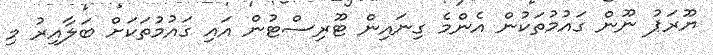
ޔޫރަޕު ނޫން ގައުމުތަކުން އެންމެ ގިނައިން ޓޫރިސްޓުން އައި ގައުމުތަކަށް ބަލާއިރު މި